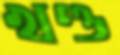
খণ্ড